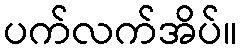
ပက်လက်အိပ်။